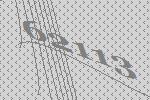
62113